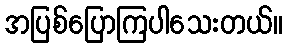
အပြစ်ပြောကြပါသေးတယ်။